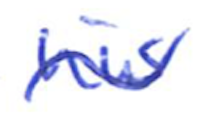
Text: his
Cross-out: wave
Writing tool: ballpoint